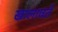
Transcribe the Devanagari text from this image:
खालावते